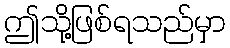
ဤသို့ဖြစ်ရသည်မှာ